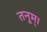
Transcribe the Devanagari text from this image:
तनूम्।